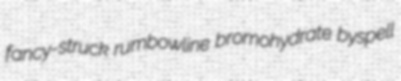
fancy-struck rumbowline bromohydrate byspell